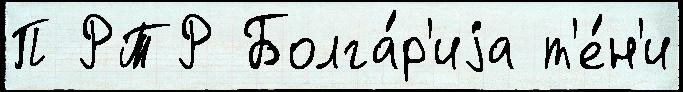
П РТР Болга́р'иjа т'е́н'и